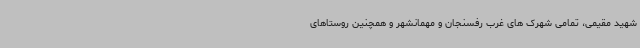
شهید مقیمی، تمامی شهرک های غرب رفسنجان و مهمانشهر و همچنین روستاهای